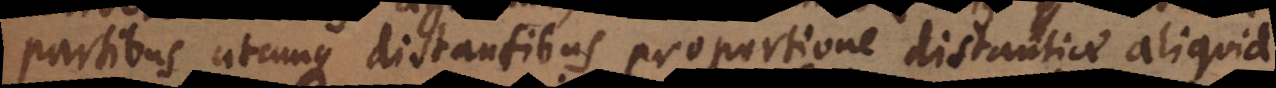
partibus utcunque distantibus proportione distantiae aliquid